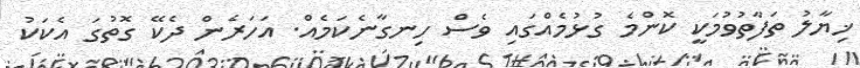
ޚިޔާލު ތަފާތުވުމަކީ ކޮންމެ ގުޅުމެއްގައި ވެސް ހިނގާނެކަމެއް. އަހަރެން ދެކޭ ގޮތުގަ އެކަކު